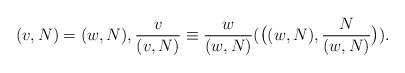
LaTeX: \begin{align*} (v,N)=(w,N), \frac{v}{(v,N)}\equiv \frac{w}{(w,N) } ( \big((w,N),\frac{N}{(w,N)} \big) ). \end{align*}